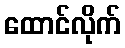
ထောင်လိုက်